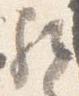
歟